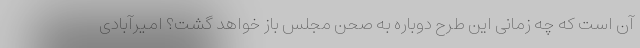
آن است که چه زمانی این طرح دوباره به صحن مجلس باز خواهد گشت؟ امیرآبادی